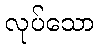
လုပ်သော